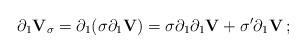
LaTeX: \begin{align*}\partial_1{\mathbf V}_\sigma=\partial_1(\sigma\partial_1{\mathbf V})=\sigma\partial_1\partial_1{\mathbf V}+\sigma^\prime\partial_1{\mathbf V}\,;\end{align*}